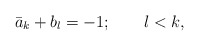
\begin{align*}\bar{a}_{k}+b_{l}=-1;\quad\quad l<k, \end{align*}